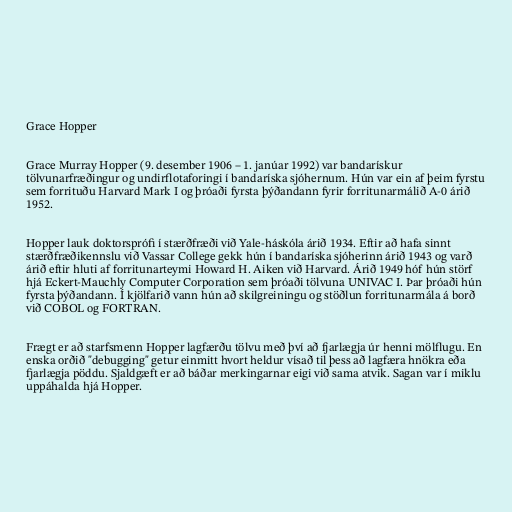
Grace Hopper

Grace Murray Hopper (9. desember 1906 – 1. janúar 1992) var bandarískur
tölvunarfræðingur og undirflotaforingi í bandaríska sjóhernum. Hún var ein af þeim fyrstu
sem forrituðu Harvard Mark I og þróaði fyrsta þýðandann fyrir forritunarmálið A-0 árið
1952.

Hopper lauk doktorsprófi í stærðfræði við Yale-háskóla árið 1934. Eftir að hafa sinnt
stærðfræðikennslu við Vassar College gekk hún í bandaríska sjóherinn árið 1943 og varð
árið eftir hluti af forritunarteymi Howard H. Aiken við Harvard. Árið 1949 hóf hún störf
hjá Eckert-Mauchly Computer Corporation sem þróaði tölvuna UNIVAC I. Þar þróaði hún
fyrsta þýðandann. Í kjölfarið vann hún að skilgreiningu og stöðlun forritunarmála á borð
við COBOL og FORTRAN.

Frægt er að starfsmenn Hopper lagfærðu tölvu með því að fjarlægja úr henni mölflugu. En
enska orðið "debugging" getur einmitt hvort heldur vísað til þess að lagfæra hnökra eða
fjarlægja pöddu. Sjaldgæft er að báðar merkingarnar eigi við sama atvik. Sagan var í miklu
uppáhalda hjá Hopper.